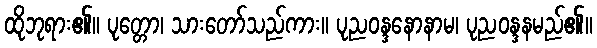
ထိုဘုရား၏။ ပုတ္တော၊ သားတော်သည်ကား။ ပုညဝန္ဒနောနာမ၊ ပုညဝန္ဒနမည်၏။